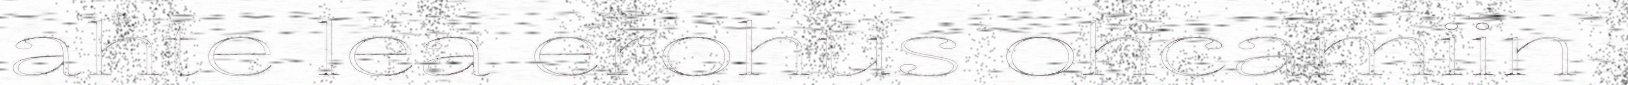
ahte lea erohus ohcamiin